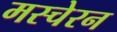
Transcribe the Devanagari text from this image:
मस्चेरन